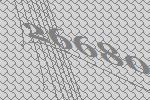
26680